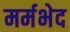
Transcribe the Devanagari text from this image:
मर्मभेद